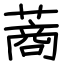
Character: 蔏